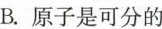
B.原子是可分的